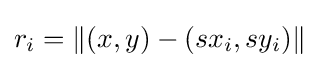
r_{i}=\left\|\left(x,y\right)-\left(sx_{i},sy_{i}\right)\right\|